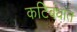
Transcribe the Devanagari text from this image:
कटिबंधांत